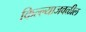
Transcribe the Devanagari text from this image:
किल्ल्याजवळील